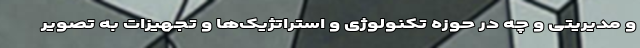
و مدیریتی و چه در حوزه تکنولوژی و استراتژیک‌ها و تجهیزات به تصویر